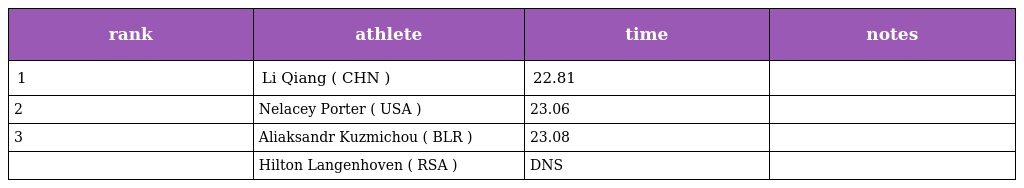
| rank | athlete | time | notes |
 | --- | --- | --- | --- |
 | 1 | Li Qiang ( CHN ) | 22.81 |  |
 | 2 | Nelacey Porter ( USA ) | 23.06 |  |
 | 3 | Aliaksandr Kuzmichou ( BLR ) | 23.08 |  |
 |  | Hilton Langenhoven ( RSA ) | DNS |  |